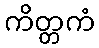
ကိတ္တကံ